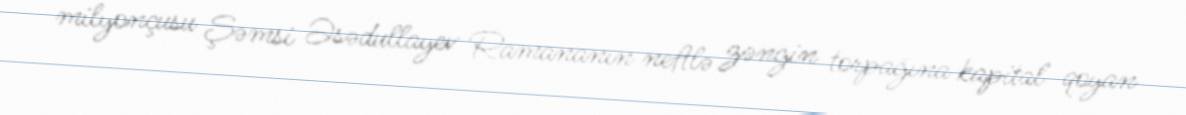
milyonçusu Şəmsi Əsədullayev Ramananın neftlə zəngin torpağına kapital qoyan